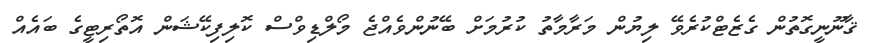
ޤާނޫނީގޮތުން ގެޒެޓްކުރެވޭ ލިޔުން މަރާމާތު ކުރުމަށް ބޭނުންވެއްޖެ މޯލްޑިވްސް ކޮލިފިކޭޝަން އޮތޯރިޓީގެ ބައެއް